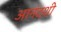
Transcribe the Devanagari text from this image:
आनंदशी